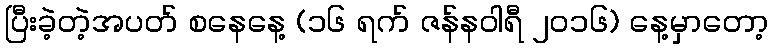
ပြီးခဲ့တဲ့အပတ် စနေနေ့ (၁၆ ရက် ဇန်နဝါရီ ၂၀၁၆) နေ့မှာတော့